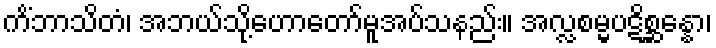
ကိံဘာသိတံ၊ အဘယ်သို့ဟောတော်မူအပ်သနည်း။ အလ္လစမ္မပဋိစ္ဆန္နော၊